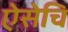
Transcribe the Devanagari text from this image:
ऐसेचि